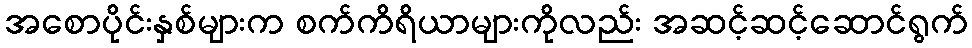
အစောပိုင်းနှစ်များက စက်ကိရိယာများကိုလည်း အဆင့်ဆင့်ဆောင်ရွက်